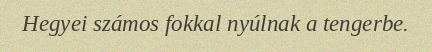
Hegyei számos fokkal nyúlnak a tengerbe.